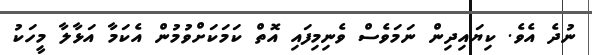
ނުދެ އެވެ. ކިޔައިދިން ނަމަވެސް ވެނިމިފައި އޮތް ކަމަކަށްވުމުން އެކަމާ އަޅާލާ މީހަކު